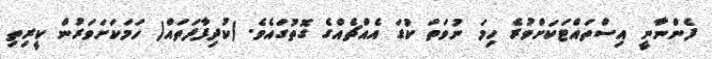
ފެންނާނީ އިސްތައްޓަކަށްވުރެ ހިމަ ނުވަތަ ކުޑަ އެއްޗެއްގެ ގޮތުގައެވެ. (ކުދިފާފަތައް) ހަމަކަށަވަރުން ކީރިތި